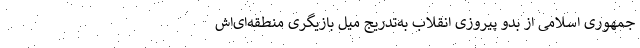
جمهوری اسلامی از بدو پیروزی انقلاب به‌تدریج میل بازیگری منطقه‌ای‌اش